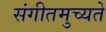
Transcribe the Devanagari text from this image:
संगीतमुच्यते